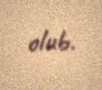
olub.